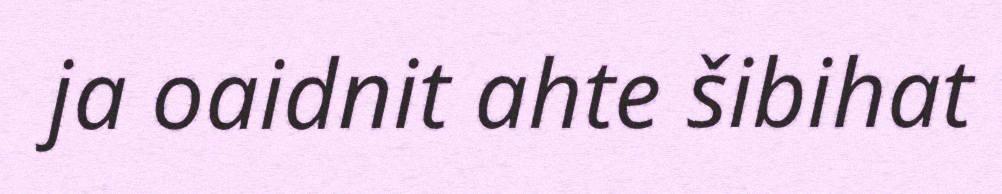
ja oaidnit ahte šibihat